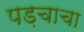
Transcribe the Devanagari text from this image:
पड़चाचा